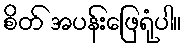
စိတ် အပန်းဖြေရုံပါ။